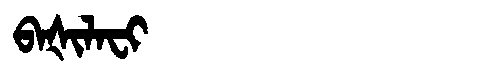
Manchu: ᠪᠠᡧᡳᠯᠠᠸᡳ
Romanization: BAŠILAFI